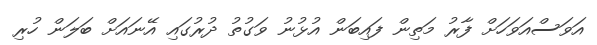
އަވަސްއަވަހަށް ފާރު މަތިން ފައިބަން އުޅުނު ވަގުތު ދުރުގައި އޭނައަށް ބަލަން ހުރި